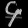
Digit: ၄